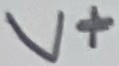
Text: V+